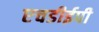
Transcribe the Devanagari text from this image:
एचडीईपी